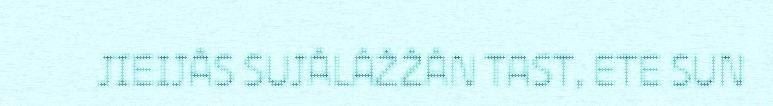
JIEIJÂS SUJÂLÂŽŽÂN TAST, ETE SUN